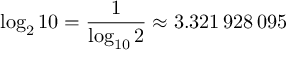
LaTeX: \log _ { 2 } 1 0 = { \frac { 1 } { \log _ { 1 0 } 2 } } \approx 3 . 3 2 1 \, 9 2 8 \, 0 9 5